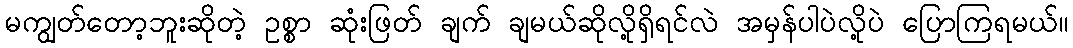
မကျွတ်တော့ဘူးဆိုတဲ့ ဥစ္စာ ဆုံးဖြတ် ချက် ချမယ်ဆိုလို့ရှိရင်လဲ အမှန်ပါပဲလို့ပဲ ပြောကြရမယ်။